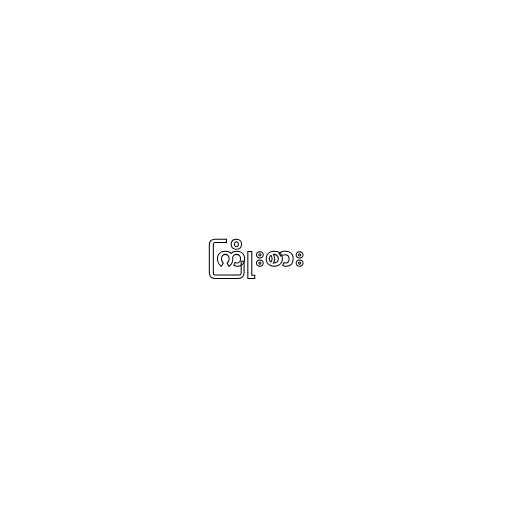
ကြိုးစား